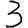
Digit: 3